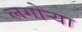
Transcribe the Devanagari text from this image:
लगोर्‍या